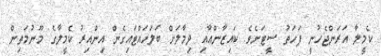
ކެމީލާ އަރަންޖެހުނީ ފަހަތު ސީޓަށެވެ. ކައިޒާންއާއި ދިމާލަށް ބަލަހައްޓައިގެން އިންއިރު ކެމީލާގެ މޫނުމަތިން